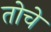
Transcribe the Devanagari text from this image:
तोचे